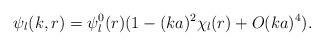
LaTeX: \begin{align*}\psi_l(k,r) = \psi^0_l(r) (1 - (ka)^2 \chi_l(r) + O(ka)^4).\end{align*}